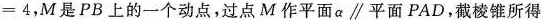
=4，M是PB上的一个动点，过点M作平面α∥平面PAD，截棱锥所得